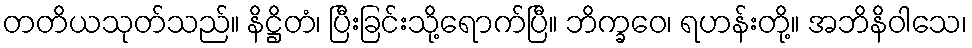
တတိယသုတ်သည်။ နိဋ္ဌိတံ၊ ပြီးခြင်းသို့ရောက်ပြီ။ ဘိက္ခဝေ၊ ရဟန်းတို့။ အဘိနိဝါသေ၊